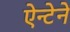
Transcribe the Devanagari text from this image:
ऐन्टेने